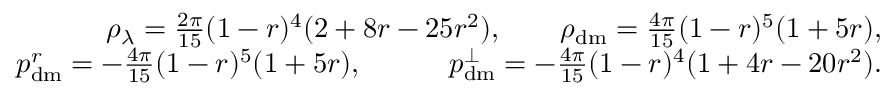
\begin{array} { r l r } & { } & { \rho _ { \lambda } = \frac { 2 \pi } { 1 5 } ( 1 - r ) ^ { 4 } ( 2 + 8 r - 2 5 r ^ { 2 } ) , \qquad \rho _ { \mathrm { d m } } = \frac { 4 \pi } { 1 5 } ( 1 - r ) ^ { 5 } ( 1 + 5 r ) , } \\ & { } & { p _ { \mathrm { d m } } ^ { r } = - \frac { 4 \pi } { 1 5 } ( 1 - r ) ^ { 5 } ( 1 + 5 r ) , \qquad \quad p _ { \mathrm { d m } } ^ { \perp } = - \frac { 4 \pi } { 1 5 } ( 1 - r ) ^ { 4 } ( 1 + 4 r - 2 0 r ^ { 2 } ) . } \end{array}